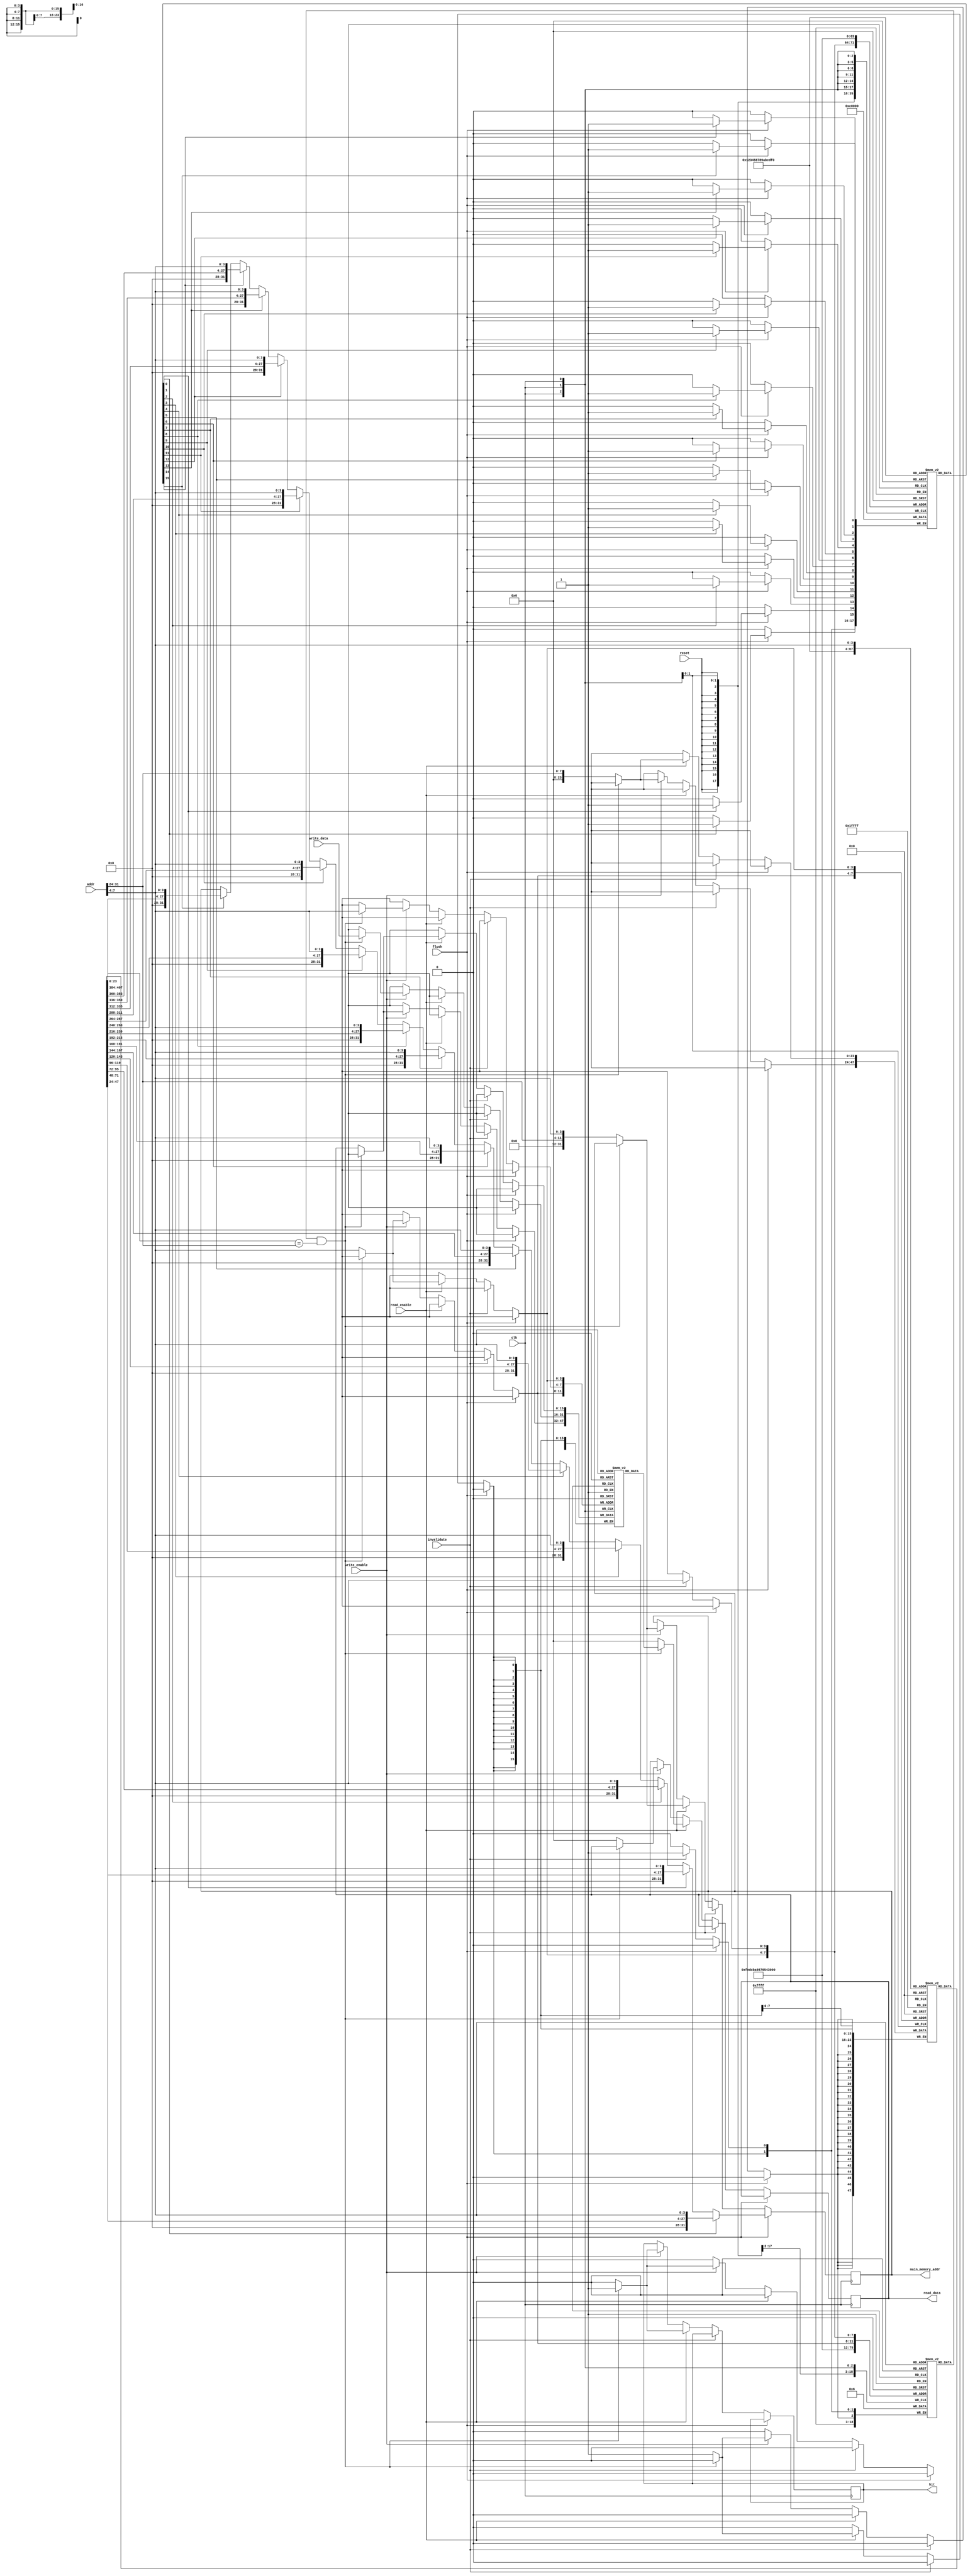
module write_back_cache #(
    parameter CACHE_SIZE = 256, // Total number of bytes in cache
    parameter BLOCK_SIZE = 16,   // Size of each block in bytes
    parameter NUM_BLOCKS = CACHE_SIZE / BLOCK_SIZE,
    parameter ADDR_WIDTH = 32,   // Address width
    parameter TAG_WIDTH = ADDR_WIDTH - $clog2(NUM_BLOCKS) - $clog2(BLOCK_SIZE)
)(
    input wire clk,
    input wire reset,
    input wire [ADDR_WIDTH-1:0] addr, // Address for read/write
    input wire [BLOCK_SIZE-1:0] write_data, // Data to write
    input wire read_enable,
    input wire write_enable,
    input wire invalidate, // Invalidate signal
    input wire flush,      // Flush signal
    output reg [BLOCK_SIZE-1:0] read_data, // Data read from cache
    output reg hit,        // Hit signal
    output reg [ADDR_WIDTH-1:0] main_memory_addr // Main memory address for debug
);

    // Cache line structure
    reg [BLOCK_SIZE-1:0] cache_data [0:NUM_BLOCKS-1];
    reg [TAG_WIDTH-1:0] cache_tag [0:NUM_BLOCKS-1];
    reg valid [0:NUM_BLOCKS-1];
    reg dirty [0:NUM_BLOCKS-1];

    wire [TAG_WIDTH-1:0] tag = addr[ADDR_WIDTH-1:ADDR_WIDTH-$clog2(NUM_BLOCKS)-$clog2(BLOCK_SIZE)];
    wire [($clog2(NUM_BLOCKS))-1:0] index = addr[$clog2(NUM_BLOCKS)+$clog2(BLOCK_SIZE)-1:$clog2(BLOCK_SIZE)];
    
    integer i;

    // Cache initialization
    always @(posedge reset) begin
        for (i = 0; i < NUM_BLOCKS; i = i + 1) begin
            valid[i] <= 1'b0;
            dirty[i] <= 1'b0;
        end
    end

    // Read/Write Operations
    always @(posedge clk) begin
        if (flush) begin
            // Write back all dirty lines to main memory
            for (i = 0; i < NUM_BLOCKS; i = i + 1) begin
                if (dirty[i]) begin
                    // Write back to main memory (for simulation, we just set the address)
                    main_memory_addr <= {cache_tag[i], index};
                    dirty[i] <= 1'b0; // Clear dirty bit after writing back
                end
            end
        end else if (invalidate) begin
            // Invalidate the cache line
            valid[index] <= 1'b0;
            dirty[index] <= 1'b0;
        end else if (read_enable) begin
            // Read operation
            if (valid[index] && (cache_tag[index] == tag)) begin
                // Cache hit
                read_data <= cache_data[index];
                hit <= 1'b1;
            end else begin
                // Cache miss (fetch from main memory)
                read_data <= 0; // Placeholder for fetched data
                hit <= 1'b0;
                main_memory_addr <= {tag, index}; // Set address for main memory access
                // Load data into cache (not implemented here, just an example)
                cache_data[index] <= read_data; // In actual design, fetch data from memory
                cache_tag[index] <= tag;
                valid[index] <= 1'b1;
                dirty[index] <= 1'b0; // Set dirty to 0 on load
            end
        end else if (write_enable) begin
            // Write operation
            if (valid[index] && (cache_tag[index] == tag)) begin
                // Cache hit
                cache_data[index] <= write_data;
                dirty[index] <= 1'b1; // Set dirty bit
                hit <= 1'b1;
            end else begin
                // Cache miss (fetch from main memory)
                read_data <= 0; // Placeholder for fetched data
                hit <= 1'b0;
                main_memory_addr <= {tag, index}; // Set address for main memory access
                // Load data into cache (not implemented here, just an example)
                cache_data[index] <= read_data; // In actual design, fetch data from memory
                cache_tag[index] <= tag;
                valid[index] <= 1'b1;
                dirty[index] <= 1'b1; // Set dirty on write
            end
        end
    end
endmodule